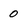
Character: O